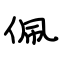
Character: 佩